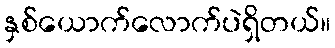
နှစ်ယောက်လောက်ပဲရှိတယ်။